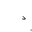
Letter: _dal